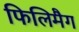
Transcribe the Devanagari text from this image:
फिलिमैग